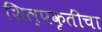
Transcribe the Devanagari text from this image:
शिल्पकृतींचा